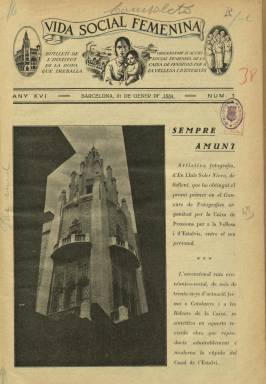
Título: Vida social femenina
Colección: Revistas femeninas || Asuntos sociales
Ámbito geográfico: Barcelona
Lugar de publicación: Barcelona
Fechas: 31/01/1934-30/04/1937

Esta publicación aparece en diciembre de 1919 con el título Vida femenina, con periodicidad mensual y textos completamente en castellano. Su subtítulo era “boletín del Instituto de la Mujer que Trabaja”, el primer “organismo de acción social femenina”, que es constituido en esa época como filial de la Caja de Pensiones para la Vejez y de Ahorros (actual La Caixa), por quien había sido el fundador, en 1904, y será el primer director general de esta entidad, el abogado Francesc Moragas i Barret (1868-1935). También en esa época, Moragas integrará en dicho instituto al Montepío de Santa Madrona y la clínica de este nombre, fundada en 1900, una de las principales maternidades de Barcelona. Al comenzar el siglo se había promulgado la ley de protección del trabajo de los niños y de las mujeres, y el objetivo del instituto, como organismo benéfico-social, fue la protección económica, social y moral de las mujeres trabajadoras o de familias obreras, y la defensa y asistencia de sus asociadas en caso –entre otros– de enfermedad y maternidad y el correspondiente pago de subsidios, como fundación mutualista, y a través de la enseñanza o la creación de bibliotecas.

A partir de 1928 amplía el título a Vida social femenina. Su colección en la Biblioteca Nacional de España (BNE) comienza en enero de 1934 (aparece el último día del mes), en su XVI año edición. Cada año reinicia la numeración de sus entregas y la foliación. Cada una de ellas es de ocho páginas, que en alguna ocasión aumenta hasta las doce, compuestas a una y dos columnas, e ilustradas con fotograbados de actualidad y dibujos, así como otros procedentes de los concursos de fotografía organizados para los empleados de La Caixa. Ahora, sus indicaciones y textos informativos van escritos en catalán y bajo su cabecera se indica: Bulletí de l’Institut de la Dona que Treballa, organisme d’acció social femenina de La Caixa de Pensions per a la Vellesa i d’Estalvis. Pero otros textos lo son en castellano, principalmente los de creación literaria, como poemas y narraciones, publicados por colaboradores y colaboradoras, probablemente muchas de ellas socias del instituto que, en la década de los treinta, superará el número de 20.000 en Barcelona.

Ha sido clasificada como revista “femenina”, y en su primer número de 1919 ya había indicado que su fin era informar a las asociadas del estado y marcha de las distintas secciones que constituían el instituto, y “obtener en favor de la mujer que trabaja el mayor bienestar posible, la mayor cultura posible y la mayor elevación moral posible”. Y al coincidir su salida con la reciente revolución rusa expresará también: “Sabremos con nuestra intervención cívica, cristianizar de nuevo esta civilización que agoniza a los rudos embates del bolchevismo universal”. Gallego Ayala (1990) señala que la publicación fue defensora y difusora de los principios cristianos, “haciendo gala de un paternalismo exacerbado hacia las mujeres”. Quizá por este carácter cristiano-moralizante, la publicación haya sido también –erróneamente– clasificada como de Acción Católica.

En sus páginas informa de la actividades y ofrece estadísticas del instituto y del montepío –que tienen sección fija–, además de otros textos sobre sociología, folclore, asuntos morales, medicina, educación física y la mujer trabajadora, algunos perfiles biográficos o reportajes de homenajes, y tiene otras secciones fijas, como Món femení o Miscelánea.

Como “obra femenina de previsión social”, el instituto cuenta con oficinas y dispensarios en la barcelonesa Vía Layetana, así como clínicas de Cirugía, Medicina y Maternal, las casas- familia de Santa Madrona y Angels Mateu y la Escola i Servei d’Infermeres en dicha ciudad; y en Lérida, otros dispensarios y escuelas profesionales. Amplió su área de actuación a las Baleares, con oficinas, dispensarios y clínicas en Palma de Mallorca, Mahón, Ibiza, Manacor y otras poblaciones de las islas, publicando, a partir de febrero de 1930, en la primera de ellas una nueva publicación: Vida femenina balear. Ésta se fusiona con la revista barcelonesa a partir del número 1 de 1936, reduciendo Vida social femenina a partir de esta entrega su formato, duplicando su número de páginas, hasta la dieciséis, y utilizando la estampación a varias tintas de su primera página, que a veces es usada como cubierta. Así mismo, introduce alguna publicidad comercial.

La revista no fue ajena a los acontecimientos históricos, políticos y sociales que se sucedieron durante su larga vida. Así, en julio de 1931 se hará eco del nuevo seguro obligatorio de maternidad, implantado al comenzar este periodo republicano. Otro cambio sustancial de la publicación se va a producir a partir de julio-agosto de 1936, cuando el instituto, aunque sigue subvencionado por La Caixa, es incorporado a la Generalitat de Catalunya, que la reconvierte en una institución laica, pero respetando la libertad de conciencia religiosa de sus asociadas, a la vez que los textos que publica la revista lo serán ya completamente en lengua catalana (Gallego Ayala: 1990).

Entre otras firmas bajo sus textos, aparecen de las de María L. Sagredo, Dolors M. de Macia, Manuel Ribot i Torres, Luisa Marta o la del citado Moragas. También colaboró en sus páginas la prestigiosa pedagoga Francesca Bonnemaison i Farriols (1872-1949), de quien se ha dicho que fue la directora de la revista; y en torno a 1935 colabora el dibujante Ricardo Opisso i Sala (1880-1966). En torno a 1929, la presidenta del instituto era Josefa Cammany de Pinel.

A partir de enero de ese año 1936, la secuencia numérica de sus entregas es sucesiva, y su paginación deja de ser continuada. La colección de este título en la BNE incluye hasta el número 5, correspondiente a mayo de 1936, y, seguidamente, salta al número 14, de marzo de 1937. El número 17, será de junio de 1937, y existe la entrega de julio de este año, pero sin numerar. El instituto editó también algún anuario. Además de la bibliografía ya referenciada, véase la de Torrent y Tasis (1966), Segura y Selva (1984) y Sánchez Hernández (2009), entre otra.